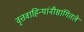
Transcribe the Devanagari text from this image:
वृत्तवाहिन्यांनीसांगितले